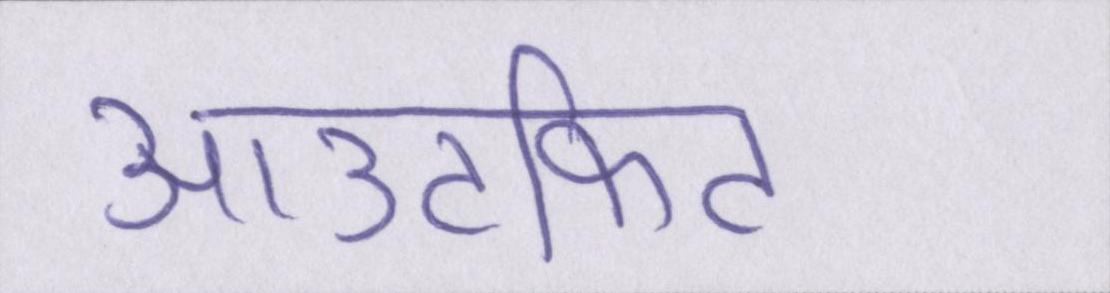
आउटफिट